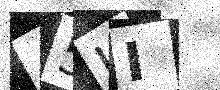
Text: 45UI